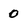
Character: 0